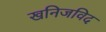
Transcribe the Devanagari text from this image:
खनिजविद